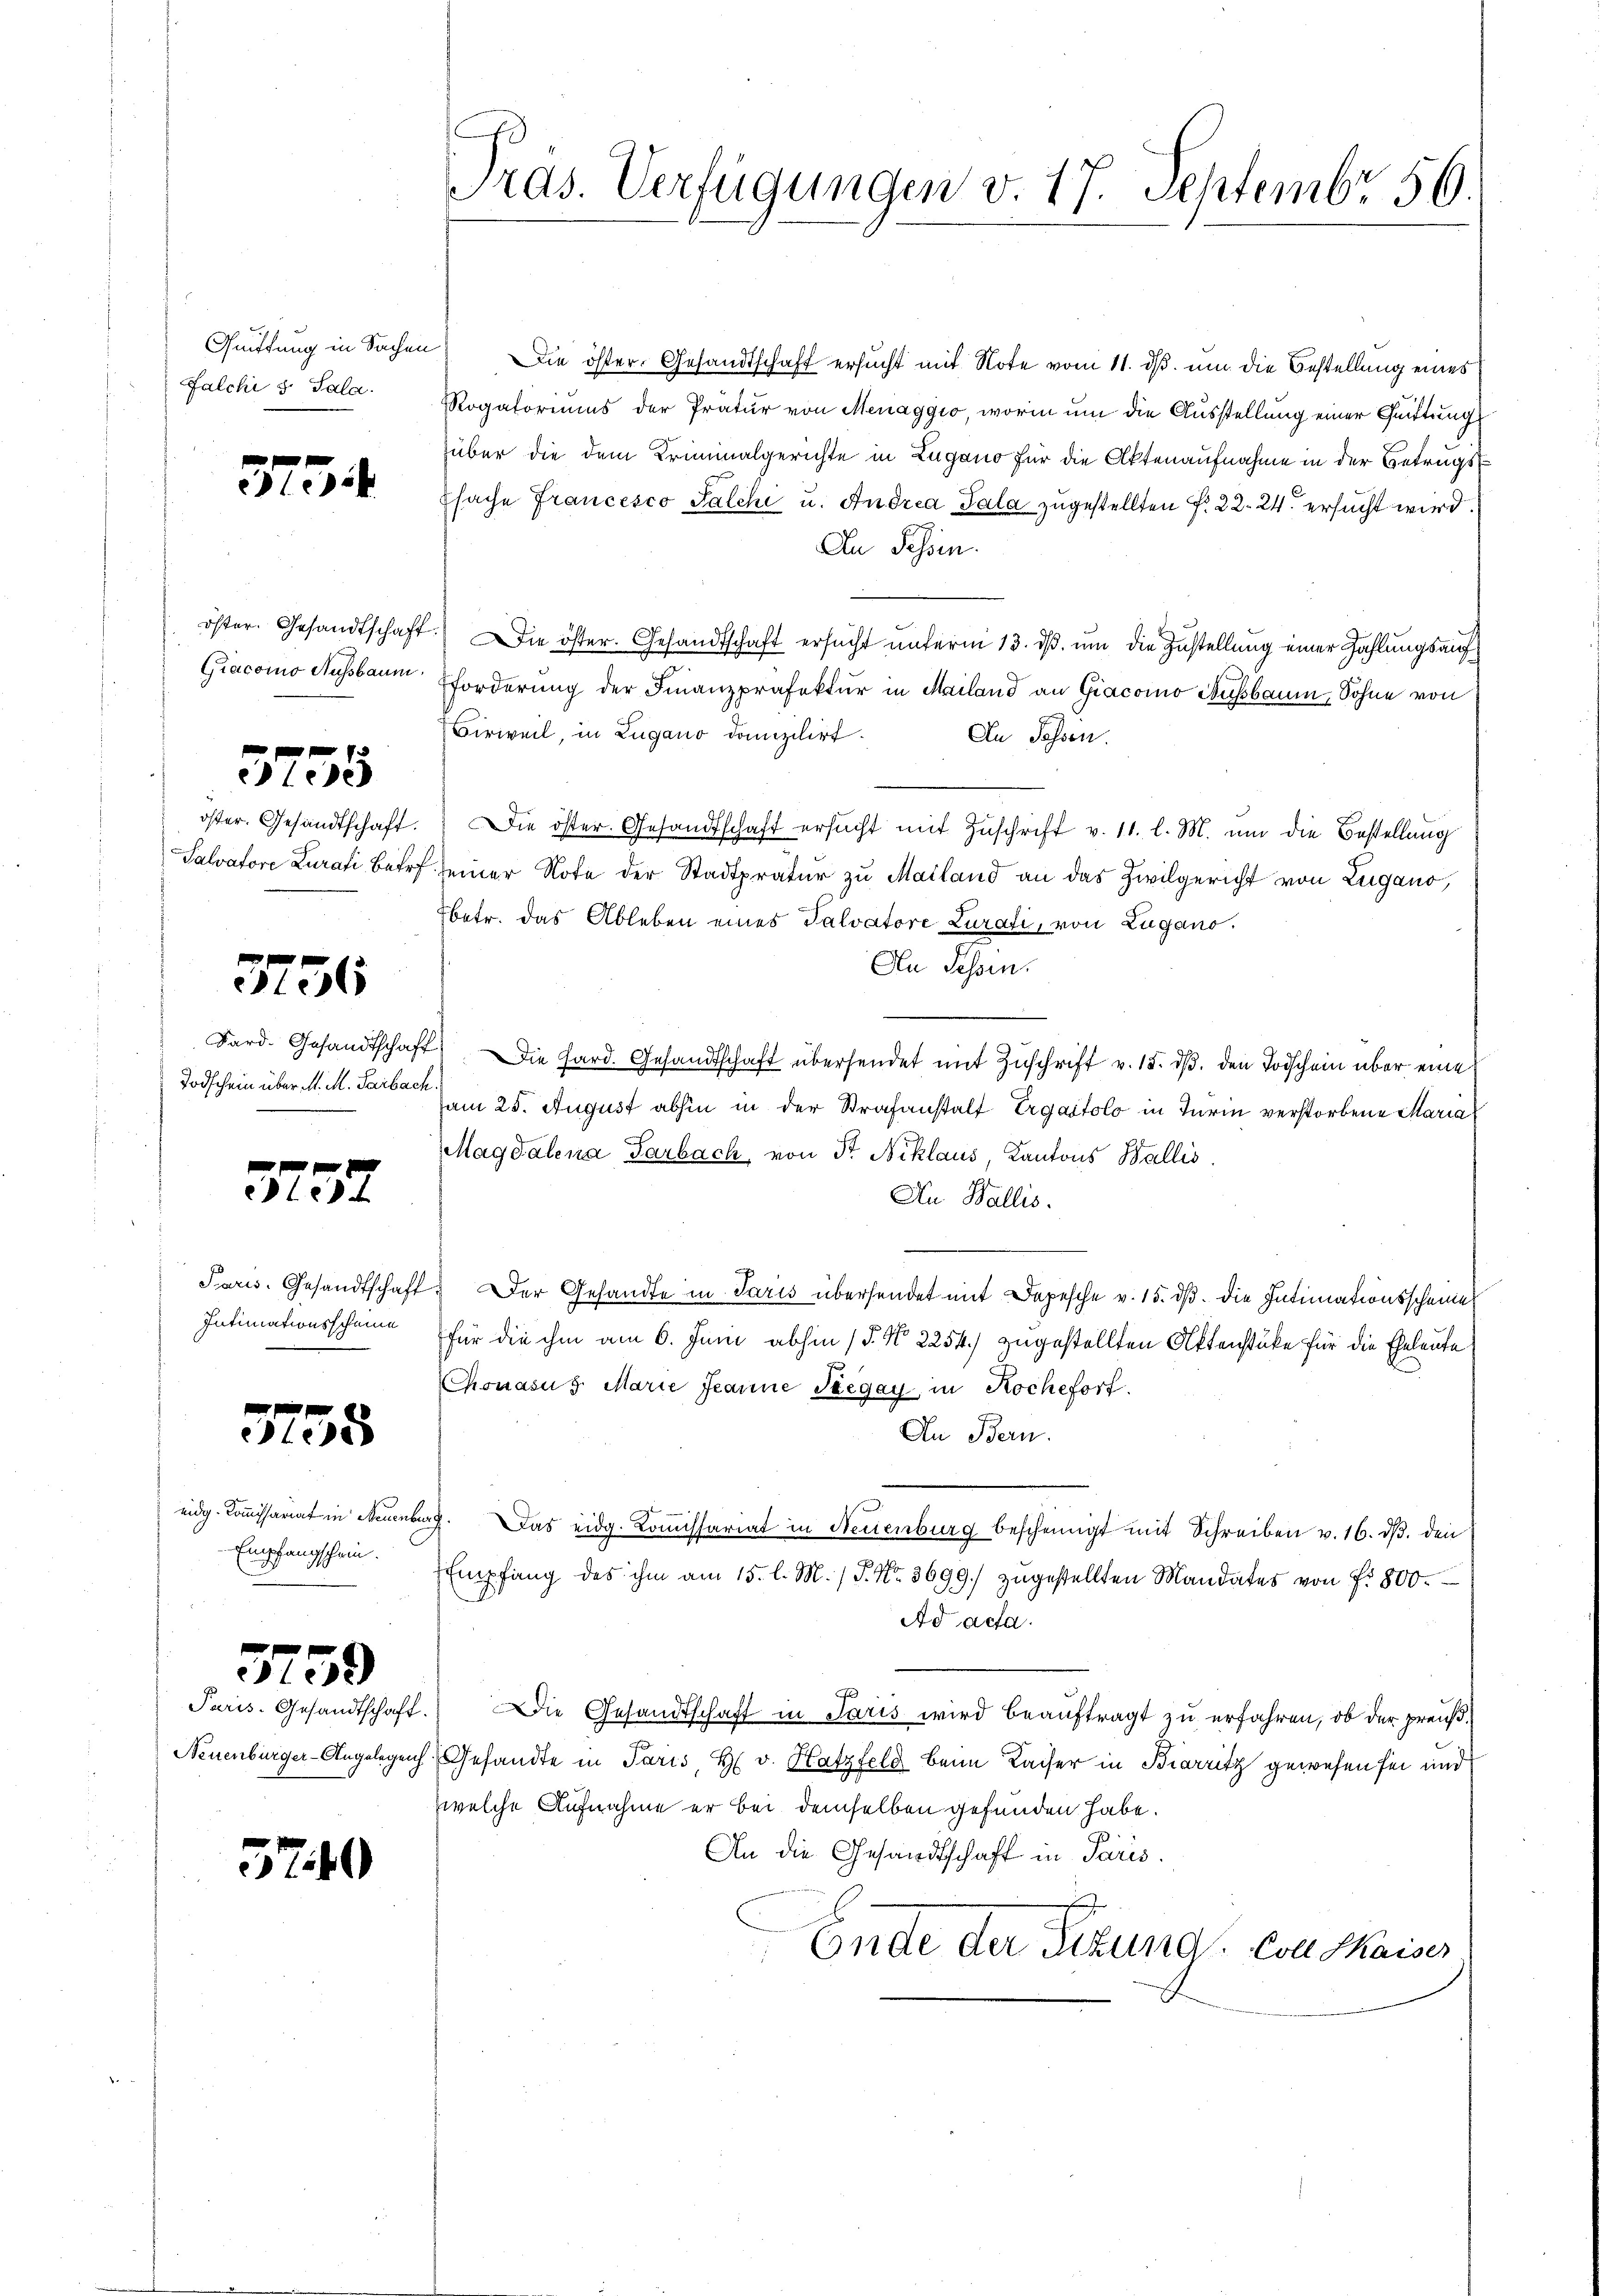
Falchi v. Sala

554

Giacomo Aussbaum.

5735

3756

Todschein über M. M. Parbach

3157

Intimationsscheine

338

Empfangschein.

5759

5740

Pras. Verfügungen v. 17. Septembr 56.

Guittung in Sachen) Die öster- Gesandtschaft ersucht mit Note vom 11. ds. um die Bestellung eines
Rogatoriums der Pratur von Menaggio, worin um die Ausstellung einer Quittung
über die dem Kriminalgerichte in Lugano für die Aktenaufnahme in der Betrugs
ffache Francesco Falche u. Andrea Pala zugestellten f. 22. 24. ersucht wird.
An Schen.
öster. Gesandtschaft. Die öster. Gesandtschaft ersucht unterm 13. dß. um die Zustellung einer Zahlungsauf
fforderŭng der Finanzpräfektur in Mailand an Giacomo Nußbaum, Sohne von
Birweil, in Lugano domizilirt.
An Possen.
öster. Gesandtschaft. Die öster Gesandtschaft ersucht mit Zuschrift v. 11. l. M. um die Bestellung
Salvatore Curat Bar seiner Note der Stadtpratur zu Mailand an das Zivilgericht von Zugano,
Tbetr. das Ableben eines Talvatore Lurati, von Zugano.
An Schen.
Sard. Gesandtschaft) Die Hard. Gesandtschaft übersendet mit Zŭschrift v. 15. dβ. den Todschein über eine
am 25. August abhin in der Strafanstalt Ergaitolo in Turin verstorbene Maria
Magdalena Garbach, von Dr. Niklaus, Kantons Wallis.
An Wallis.
Paris. Gesandtschaft. Der Gesandte in Paris übersendet mit Depesche v. 15. dß. die Intimationsscheine
für die ihm am 6. Juni abhin (§. N. 2254.) zugestellten Aktenstüke für die Eheleute
Chonasus Marie Jeanne Stegay in Kochefort.
An Bern.
eidg. Kommissariat in Neuenburg. Das eidg. Koṁissariat in Neuenburg bescheinigt mit Schreiben v. 16. dβ. den
Empfang des ihm am 15. l. M. / P. Nr. 3699. zugestellten Mandates von f. 800.
Ad acta
Paris. Gesandtschaft. Die Gesandtschaft in Paris wird beauftragt zu erfahren, ob der preuß¬
Neuenburger-Angelegen Gesandte in Paris, H. v. Hatzfeld beim Kaiser in Birritz gewesen sei und
welche Aufnahme er bei demselben gefunden habe.
An die Gesandtschaft in Paris.
Ende der Sitzung von Skaiser